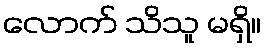
လောက် သိသူ မရှိ။